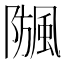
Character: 𩗧